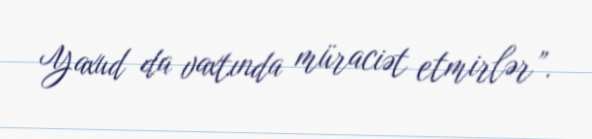
Yaxud da vaxtında müraciət etmirlər”.